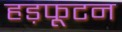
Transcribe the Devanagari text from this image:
हड़फूटन